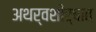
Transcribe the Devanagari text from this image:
अथर्वशीर्षात